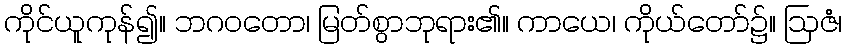
ကိုင်ယူကုန်၍။ ဘဂဝတော၊ မြတ်စွာဘုရား၏။ ကာယေ၊ ကိုယ်တော်၌။ ဩဇံ၊